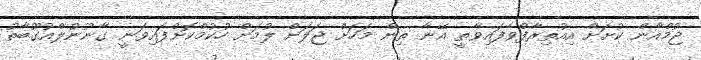
ޖުމްއާން ކުށަށް އިއުތިރާފްވެފައިވާތީ އޭނާ ތިން މަހަށް ޖަލަށް ލުމަށް ހުކުމްކޮށްފައިވަނީ ގާނޫނުލްއުގޫބާތު